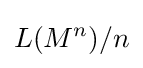
L(M^{n})/n\,\!